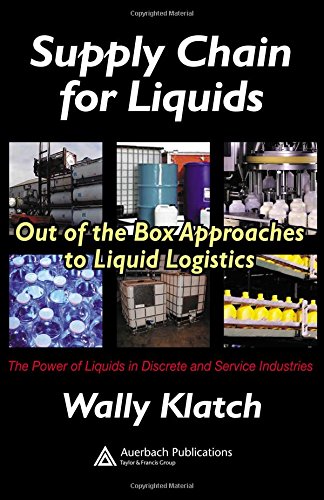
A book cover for Supply Chain for Liquids: Out of the Box Approaches to Liquid Logistics (Resource Management); Wally Klatch; Business & Money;